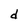
Character: d